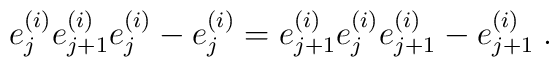
e_j^{(i)}e_{j+1}^{(i)}e_j^{(i)}-e_j^{(i)}=e_{j+1}^{(i)}e_{j}^{(i)}e_{j+1}^{(i)}-e_{j+1}^{(i)}\; .